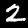
Label: 2